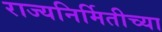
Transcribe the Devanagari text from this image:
राज्यनिर्मितीच्या